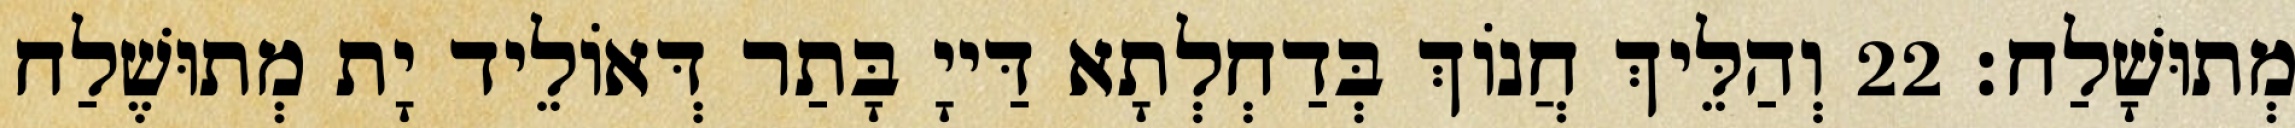
מְתוּשָׁלַח׃ 22 וְהַלֵּיךְ חֲנוֹךְ בְּדַחְלְתָא דַּייָ בָּתַר דְּאוֹלֵיד יָת מְתוּשֶׁלַח